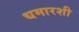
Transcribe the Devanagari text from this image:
धमारशी